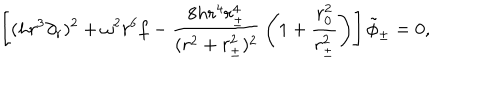
\left[ ( h r ^ { 3 } \partial _ { r } ) ^ { 2 } + \omega ^ { 2 } r ^ { 6 } f - { \frac { 8 h r ^ { 4 } r _ { \pm } ^ { 4 } } { ( r ^ { 2 } + r _ { \pm } ^ { 2 } ) ^ { 2 } } } \left( 1 + { \frac { r _ { 0 } ^ { 2 } } { r _ { \pm } ^ { 2 } } } \right) \right] \tilde { \phi } _ { \pm } = 0 ,